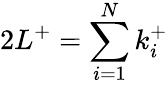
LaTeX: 2L^{+}=\sum_{i=1}^{N}k_{i}^{+}